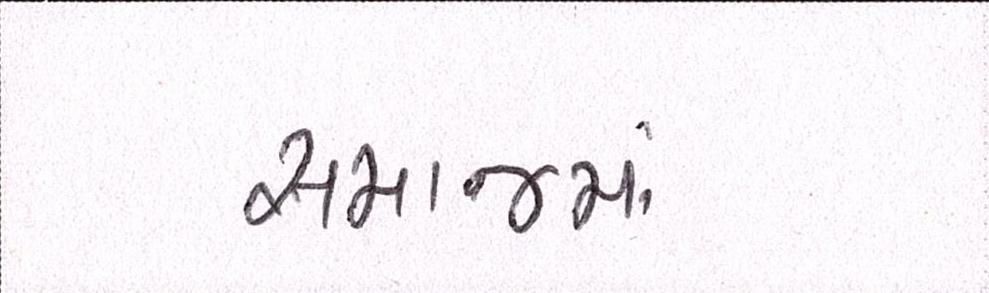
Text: સમાજમાં